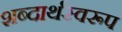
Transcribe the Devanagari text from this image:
शब्दार्थस्वरूप